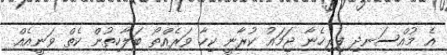
އެ މުއްސަނދި ފިރިހެނާ ޖަމައު ކުރާނީ ކިހާ ވަރެއްތޯ ބަލާހިތުން ކެތް ވަނީއެއް